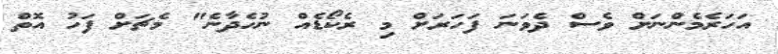
އަހަރެމެންނަށް ވެސް ދެވަނަ ފަހަރަށް މި ރެކޯޑެއް ނުހެދާނެ" މެޗަށް ފަހު އޮތް